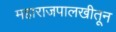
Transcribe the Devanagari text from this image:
महाराजपालखीतून